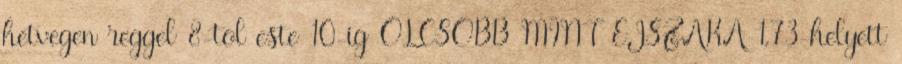
hetvegen reggel 8-tol este 10-ig OLCSOBB MINT EJSZAKA 1,73-helyett